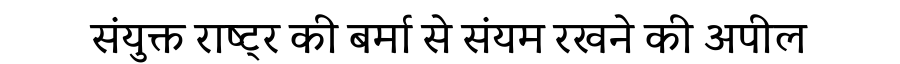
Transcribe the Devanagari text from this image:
संयुक्त राष्ट्र की बर्मा से संयम रखने की अपील